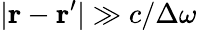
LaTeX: |\textbf{r}-\textbf{r}^{\prime}|\gg c/\Delta\omega